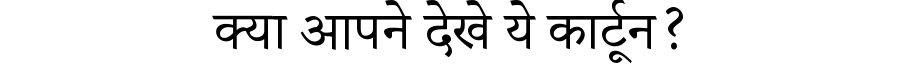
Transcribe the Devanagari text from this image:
क्या आपने देखे ये कार्टून?